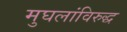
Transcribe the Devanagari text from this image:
मुघलांविरुद्ध